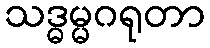
သဒ္ဓမ္မဂရုတာ